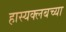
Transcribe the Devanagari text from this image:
हास्यक्लबच्या